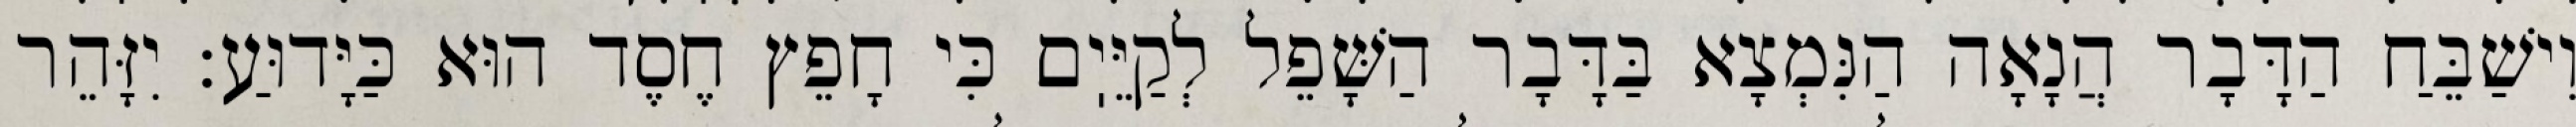
וִישַׁבֵּחַ הַדָּבָר הֲנָאָה הַנִּמְצָא בַּדָּבָר הַשָּׁפֵל לְקַיֵּיֽם כִּי חָפֵץ חֶסֶד הוּא כַּיָּדוּעַ: יִזָּהֵר